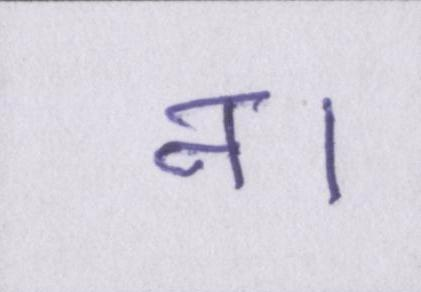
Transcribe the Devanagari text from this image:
न।